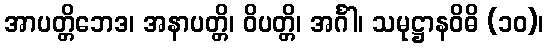
အာပတ္တိဘေဒ၊ အနာပတ္တိ၊ ဝိပတ္တိ၊ အင်္ဂါ၊ သမုဋ္ဌာနဝိဓိ (၁၀)၊